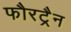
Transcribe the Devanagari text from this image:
फौरट्रैन